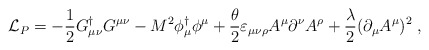
\begin{align*}{\cal L}_P=-\frac12 G^{\dagger}_{\mu\nu} G^{\mu\nu} - M^2 \phi^{\dagger}_{\mu}\phi^\mu + \frac{\theta}{2} \varepsilon_{\mu\nu\rho} A^\mu \partial^\nu A^\rho +\frac{\lambda}{2}(\partial_\mu A^\mu)^2\; ,\end{align*}